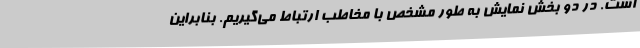
است. در دو بخش نمایش به طور مشخص با مخاطب ارتباط می‌گیریم. بنابراین